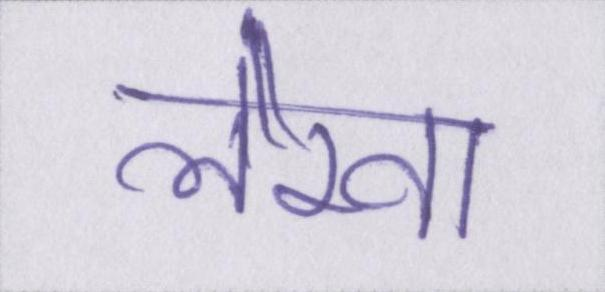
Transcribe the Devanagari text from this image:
लेखा